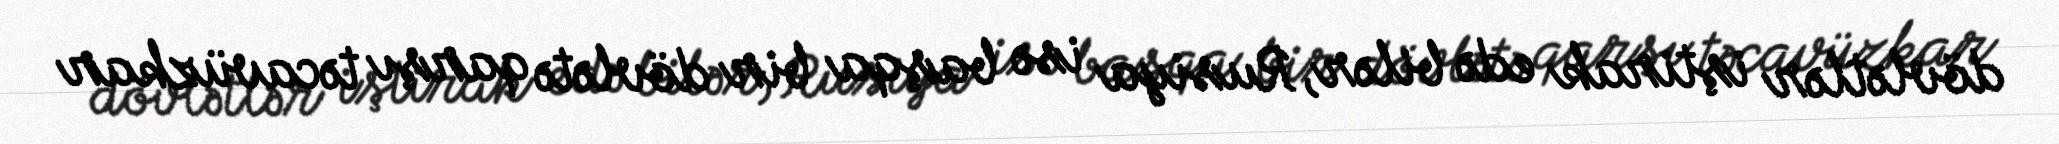
dövlətlər iştirak edə bilər, Rusiya isə başqa bir dövlətə qarşı təcavüzkar